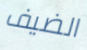
الضيف